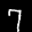
Label: 7